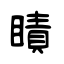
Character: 瞔